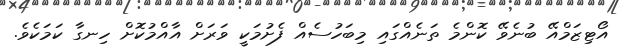
އޯޓިޒަމްއޭ ބުނެވޭ ކޮންމެ ތަނެއްގައި މިބަހުސެއް ފެށުމަކީ ވަރަށް އާއްމުކޮށް ހިނގާ ކަމަކެވެ.